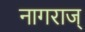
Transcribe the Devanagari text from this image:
नागराज्